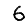
Digit: 6